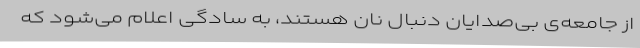
از جامعه‌ی بی‌صدایانِ دنبالِ نان هستند، به سادگی اعلام می‌شود که